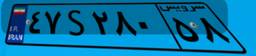
۵۶S۱۵۴۴۰